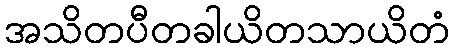
အသိတပီတခါယိတသာယိတံ